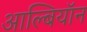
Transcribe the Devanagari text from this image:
आल्बियॉन